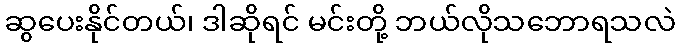
ဆွပေးနိုင်တယ်၊ ဒါဆိုရင် မင်းတို့ ဘယ်လိုသဘောရသလဲ